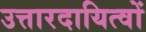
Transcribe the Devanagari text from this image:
उत्तारदायित्वों